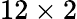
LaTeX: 12\times 2